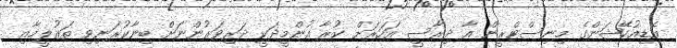
އެޑިއުކޭޝަންގެ މިނިސްޓްރީން އާ ދިރާސީ އަހަރަށް ކުރާ އުންމީދަކީ ދަރިވަރުންނަށް ބިނާކުރަނިވި ތަޢުލީމާއި